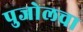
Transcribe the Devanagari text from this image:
पुजोलचा